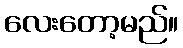
လေးတော့မည်။